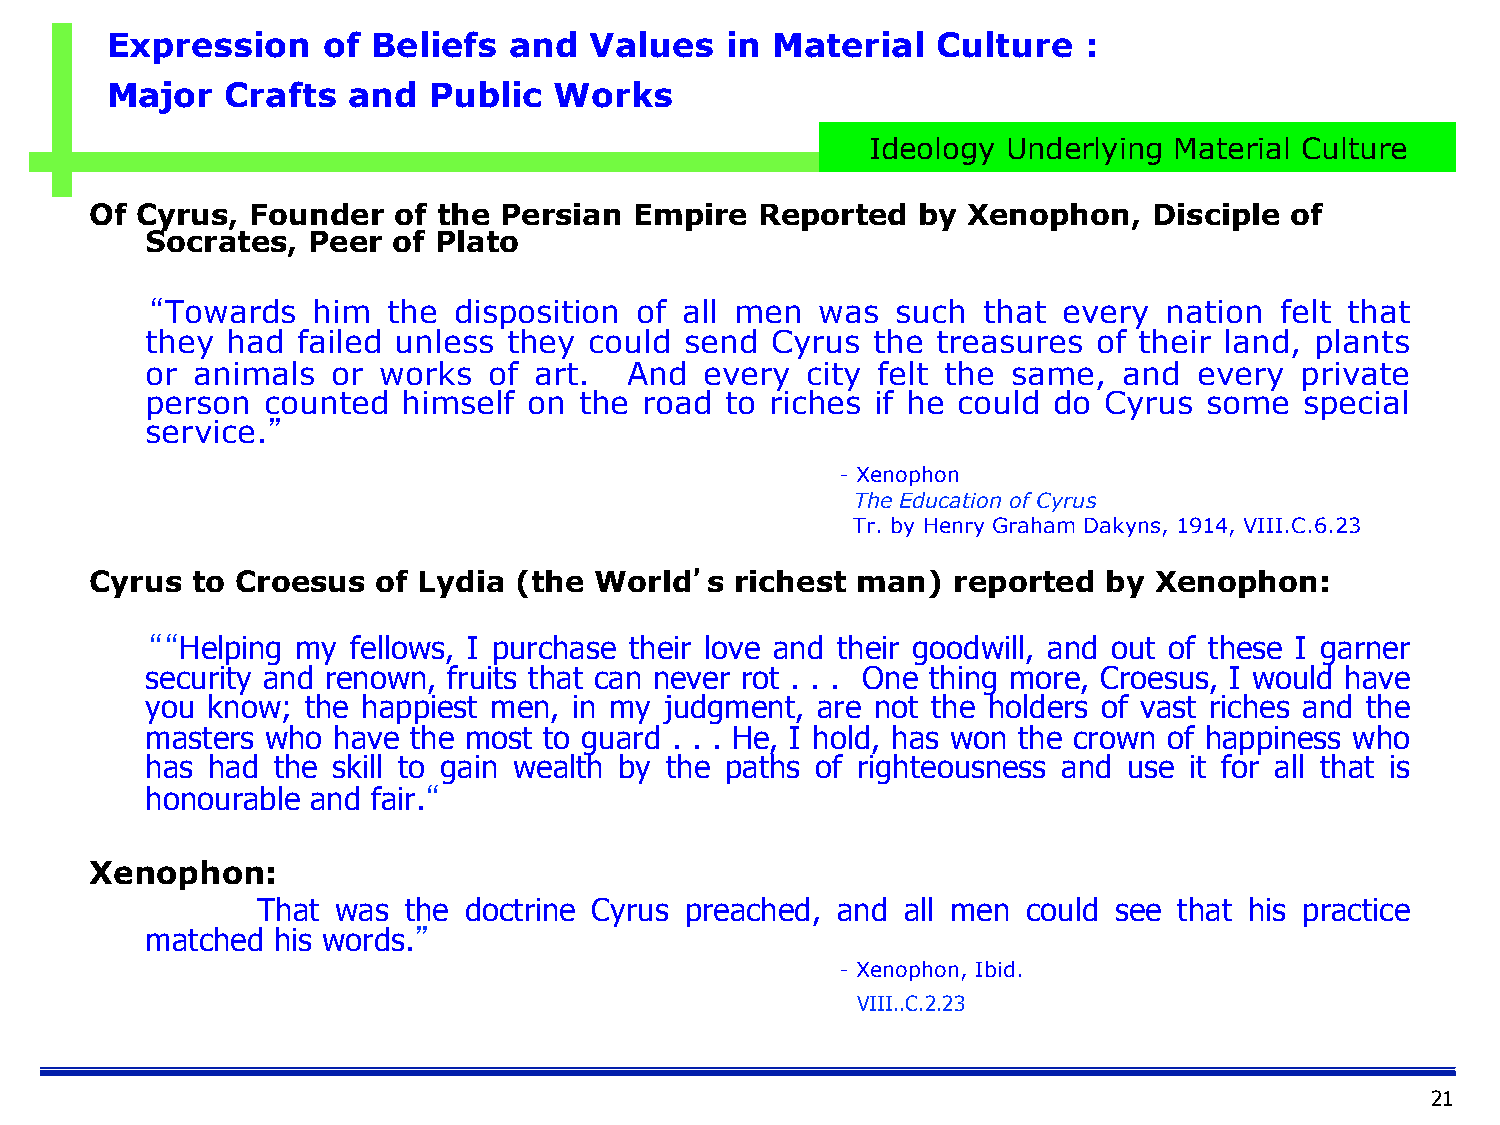
Expression    of  Beliefs  and  Values   in Material   Culture   :
 Major   Crafts  and  Public   Works
 Ideology Underlying Material Culture
 Of Cyrus,  Founder  of the Persian  Empire  Reported   by Xenophon,   Disciple of
 Socrates, Peer  of Plato
 “Towards   him  the disposition of all men  was  such  that every  nation  felt that
 they had  failed unless they could send  Cyrus  the treasures  of their land, plants
 or animals  or works  of art.  And   every city felt the same,  and  every  private
 person  counted  himself on the  road to riches if he could do Cyrus  some  special
 service.”
 - Xenophon
 The Education of Cyrus
 Tr. by Henry Graham Dakyns, 1914, VIII.C.6.23
 Cyrus  to Croesus  of Lydia (the World’s   richest man)  reported  by Xenophon:
 ““Helping my fellows, I purchase their love and their goodwill, and out of these I garner
 security and renown, fruits that can never rot . . . One thing more, Croesus, I would have
 you know; the happiest men, in my judgment, are not the holders of vast riches and the
 masters who have the most to guard . . . He, I hold, has won the crown of happiness who
 has had the skill to gain wealth by the paths of righteousness and use it for all that is
 honourable and fair.“
 Xenophon:
 That was  the doctrine Cyrus preached, and all men could see that his practice
 matched his words.”
 - Xenophon, Ibid.
 VIII..C.2.23
 21